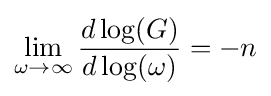
\lim _{\omega \rightarrow \infty }{\frac {d\log(G)}{d\log(\omega )}}=-n